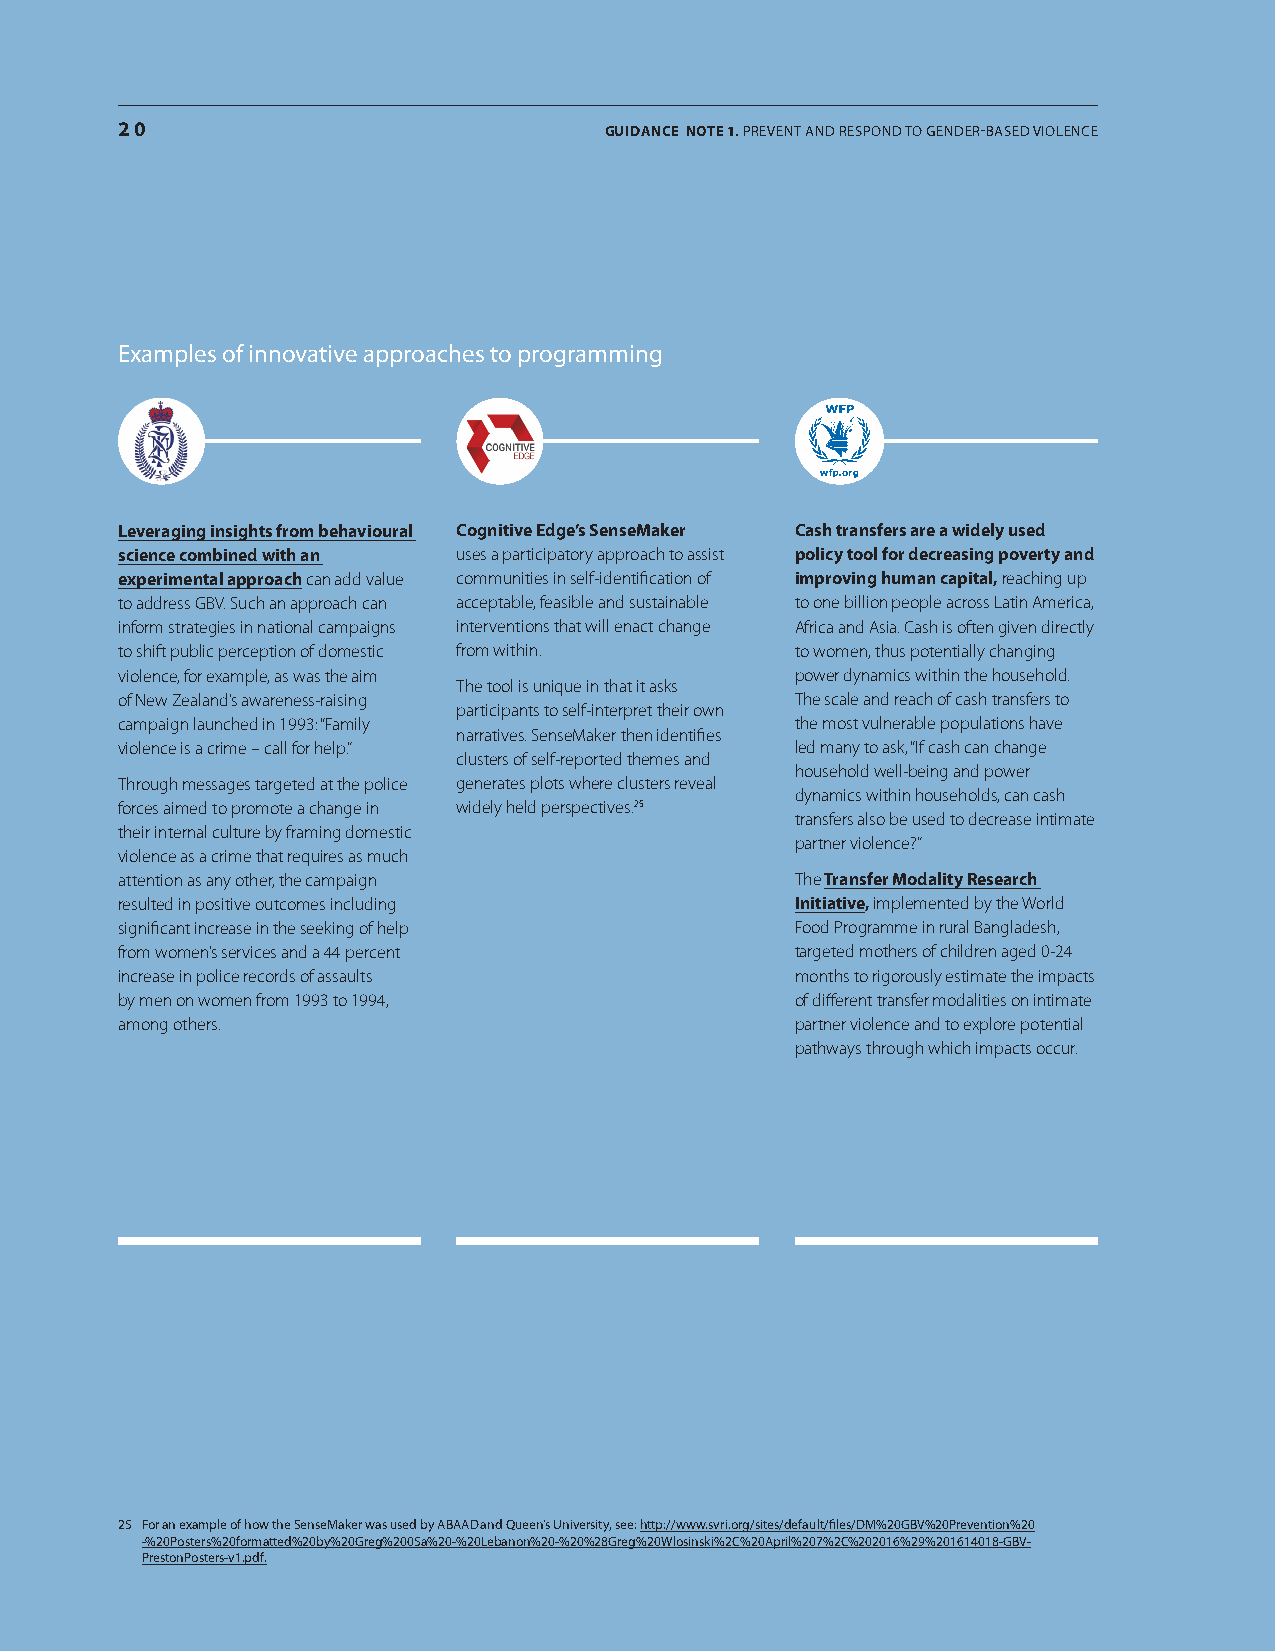
20                              GUIDANCE NotE 1. PreveNT aND reSPoND To GeNDer-BaSeD vIoLeNce
 examples of innovative approaches to programming
 leveraging insights from behavioural Cognitive edge’s Sensemaker Cash transfers are a widely used
 science combined with an uses a participatory approach to assist policy tool for decreasing poverty and
 experimental approach can add value communities in self-identification of improving human capital, reaching up
 to address GBV. Such an approach can acceptable, feasible and sustainable to one billion people across Latin America,
 inform strategies in national campaigns interventions that will enact change Africa and Asia. Cash is often given directly
 to shift public perception of domestic from within. to women, thus potentially changing
 violence, for example, as was the aim        power dynamics within the household.
 The tool is unique in that it asks
 of New Zealand’s awareness-raising           The scale and reach of cash transfers to
 participants to self-interpret their own
 campaign launched in 1993: “Family           the most vulnerable populations have
 narratives. SenseMaker then identifies
 violence is a crime – call for help.”        led many to ask, “If cash can change
 clusters of self-reported themes and
 household well-being and power
 Through messages targeted at the police generates plots where clusters reveal
 dynamics within households, can cash
 forces aimed to promote a change in widely held perspectives.25
 transfers also be used to decrease intimate
 their internal culture by framing domestic
 partner violence?”
 violence as a crime that requires as much
 attention as any other, the campaign         The Transfer modality Research
 resulted in positive outcomes including      initiative, implemented by the World
 significant increase in the seeking of help  Food Programme in rural Bangladesh,
 from women’s services and a 44 percent       targeted mothers of children aged 0-24
 increase in police records of assaults       months to rigorously estimate the impacts
 by men on women from 1993 to 1994,           of different transfer modalities on intimate
 among others.                                partner violence and to explore potential
 pathways through which impacts occur.
 25 For an example of how the SenseMaker was used by aBaaD and Queen’s University, see: http://www.svri.org/sites/default/files/DM%20GBv%20Prevention%20
 -%20Posters%20formatted%20by%20Greg%2005a%20-%20Lebanon%20-%20%28Greg%20Wlosinski%2c%20april%207%2c%202016%29%201614018-GBv-
 PrestonPosters-v1.pdf.